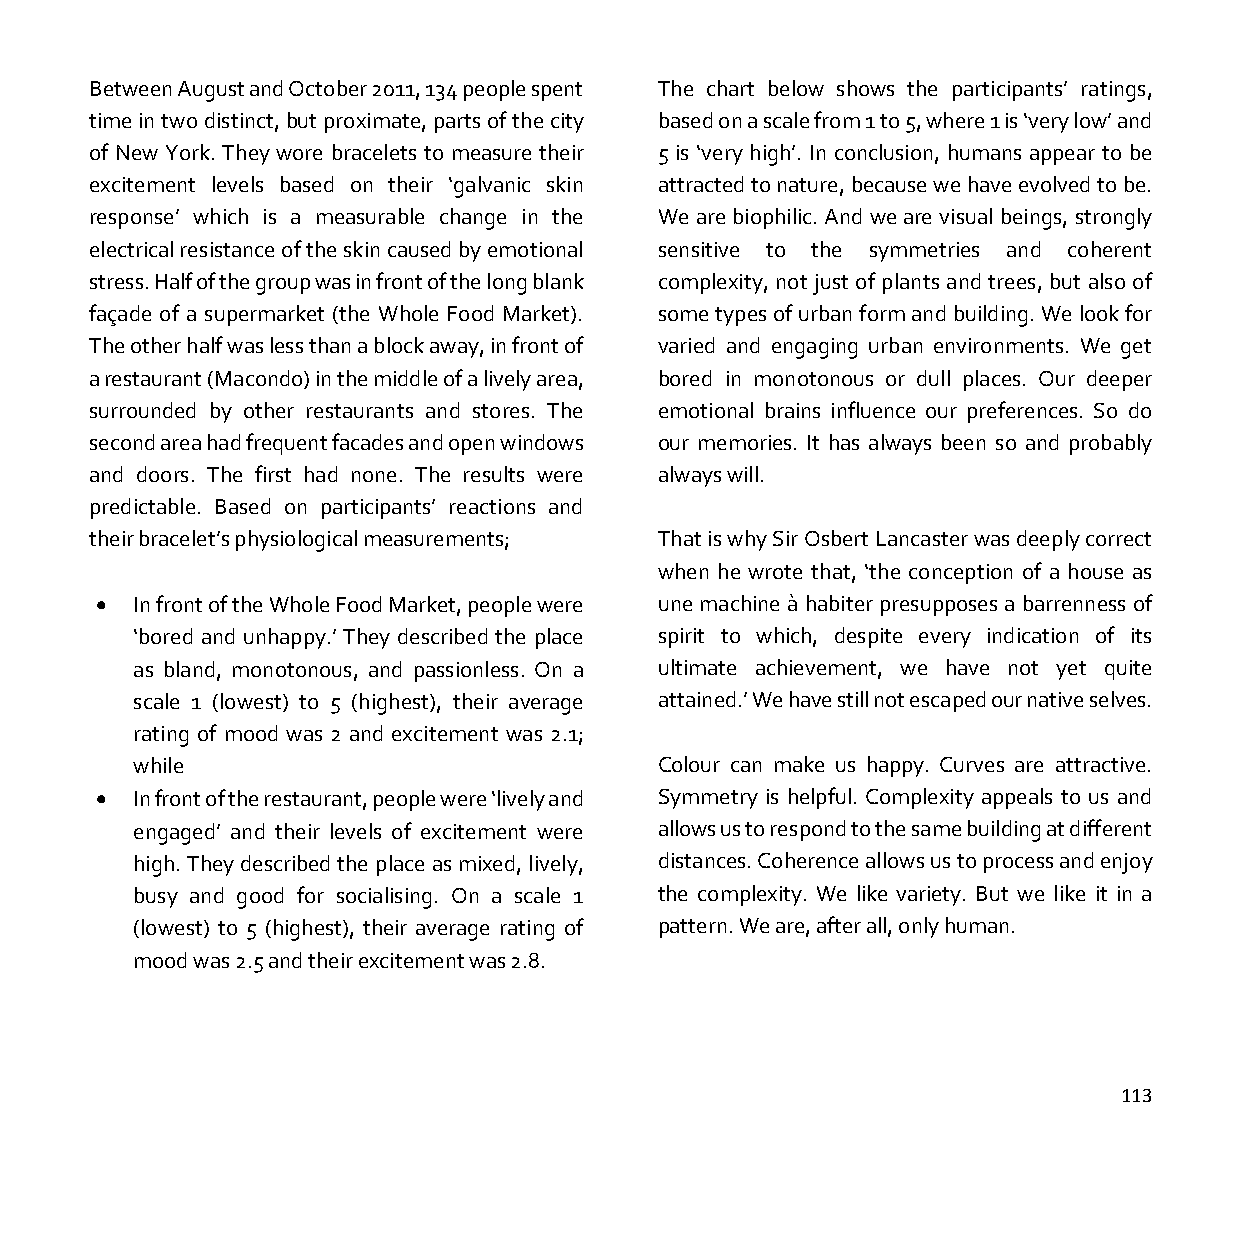
Between August and October 2011, 134 people spent The chart below shows the participants’ ratings,
 time in two distinct, but proximate, parts of the city based on a scale from 1 to 5, where 1 is ‘very low’ and
 of New York. They wore bracelets to measure their 5 is ‘very high’. In conclusion, humans appear to be
 excitement levels based on their ‘galvanic skin attracted to nature, because we have evolved to be.
 response’ which is a measurable change in the We are biophilic. And we are visual beings, strongly
 electrical resistance of the skin caused by emotional sensitive to the symmetries and coherent
 stress. Half of the group was in front of the long blank complexity, not just of plants and trees, but also of
 façade of a supermarket (the Whole Food Market). some types of urban form and building. We look for
 The other half was less than a block away, in front of varied and engaging urban environments. We get
 a restaurant (Macondo) in the middle of a lively area, bored in monotonous or dull places. Our deeper
 surrounded by other restaurants and stores. The emotional brains influence our preferences. So do
 second area had frequent facades and open windows our memories. It has always been so and probably
 and doors. The first had none. The results were always will.
 predictable. Based on participants’ reactions and
 their bracelet’s physiological measurements; That is why Sir Osbert Lancaster was deeply correct
 when he wrote that, ‘the conception of a house as
 •  In front of the Whole Food Market, people were une machine à habiter presupposes a barrenness of
 ‘bored and unhappy.’ They described the place spirit to which, despite every indication of its
 as bland, monotonous, and passionless. On a ultimate achievement, we have not yet quite
 scale 1 (lowest) to 5 (highest), their average attained.’ We have still not escaped our native selves.
 rating of mood was 2 and excitement was 2.1;
 while                              Colour can make us happy. Curves are attractive.
 •  In front of the restaurant, people were ‘lively and Symmetry is helpful. Complexity appeals to us and
 engaged’ and their levels of excitement were allows us to respond to the same building at different
 high. They described the place as mixed, lively, distances. Coherence allows us to process and enjoy
 busy and good for socialising. On a scale 1 the complexity. We like variety. But we like it in a
 (lowest) to 5 (highest), their average rating of pattern. We are, after all, only human.
 mood was 2.5 and their excitement was 2.8.
 113